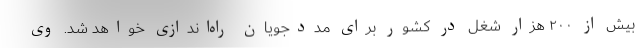
بیش از ۲۰۰ هزار شغل در کشور برای مددجویان راه‌اندازی خواهد شد. وی